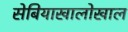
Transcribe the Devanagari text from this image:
सेबियाखालोखाल